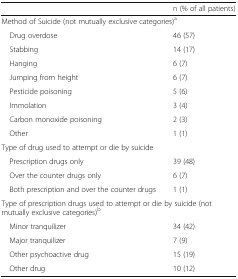
<table><thead><tr><td></td><td><b>n (% of all patients)</b></td></tr></thead><tbody><tr><td colspan="2">Method of Suicide (not mutually exclusive categories)<sup>a</sup></td></tr><tr><td> Drug overdose</td><td>46 (57)</td></tr><tr><td> Stabbing</td><td>14 (17)</td></tr><tr><td> Hanging</td><td>6 (7)</td></tr><tr><td> Jumping from height</td><td>6 (7)</td></tr><tr><td> Pesticide poisoning</td><td>5 (6)</td></tr><tr><td> Immolation</td><td>3 (4)</td></tr><tr><td> Carbon monoxide poisoning</td><td>2 (3)</td></tr><tr><td> Other</td><td>1 (1)</td></tr><tr><td colspan="2">Type of drug used to attempt or die by suicide</td></tr><tr><td> Prescription drugs only</td><td>39 (48)</td></tr><tr><td> Over the counter drugs only</td><td>6 (7)</td></tr><tr><td> Both prescription and over the counter drugs</td><td>1 (1)</td></tr><tr><td colspan="2">Type of prescription drugs used to attempt or die by suicide (not mutually exclusive categories)<sup>b</sup></td></tr><tr><td> Minor tranquilizer</td><td>34 (42)</td></tr><tr><td> Major tranquilizer</td><td>7 (9)</td></tr><tr><td> Other psychoactive drug</td><td>15 (19)</td></tr><tr><td> Other drug</td><td>10 (12)</td></tr></tbody></table>